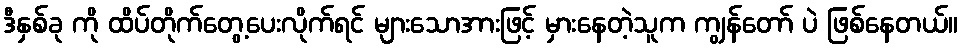
ဒီနှစ်ခု ကို ထိပ်တိုက်တွေ့ပေးလိုက်ရင် များသောအားဖြင့် မှားနေတဲ့သူက ကျွန်တော် ပဲ ဖြစ်နေတယ်။